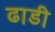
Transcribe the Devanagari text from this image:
ढाडी